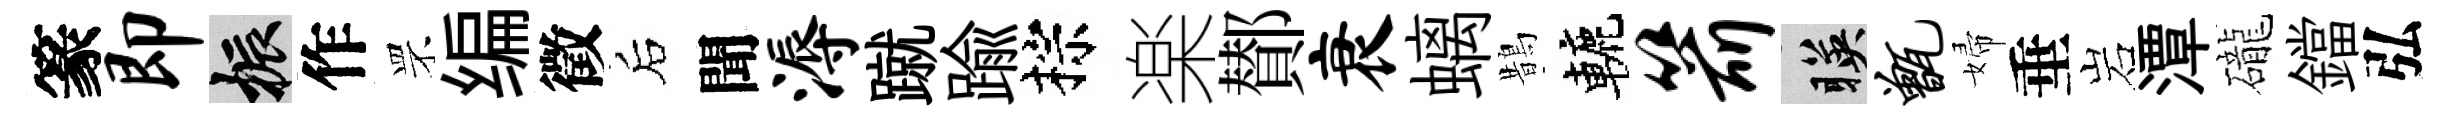
篆即振作罘编徵后聞溽蹴踰棕楽鄼衰螭鵲轆箭暎甑婦垂岩潭礲鐺弘